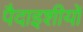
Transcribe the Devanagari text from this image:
पैदाइशीयों